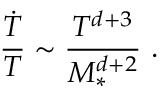
\frac { { \dot { T } } } { T } \sim \frac { T ^ { d + 3 } } { M _ { * } ^ { d + 2 } } \ .